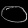
Digit: ၀